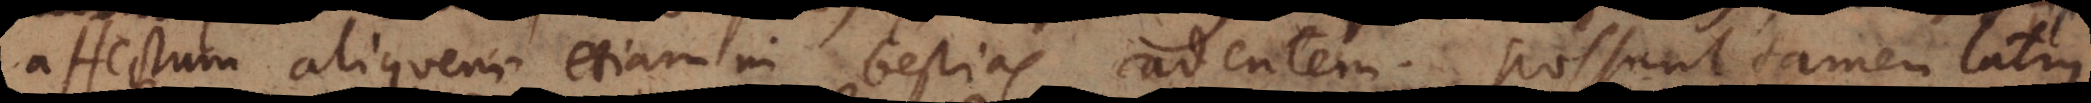
affectum aliquem etiam in bestias cadentem. Possunt tamen latius